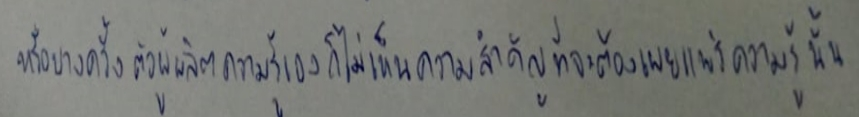
หรือบางครั้งตัวผู้ผลิตความรู้เองก็ไม่เห็นความสำคัญที่จะต้องเผยแพร่ความรู้นั้น